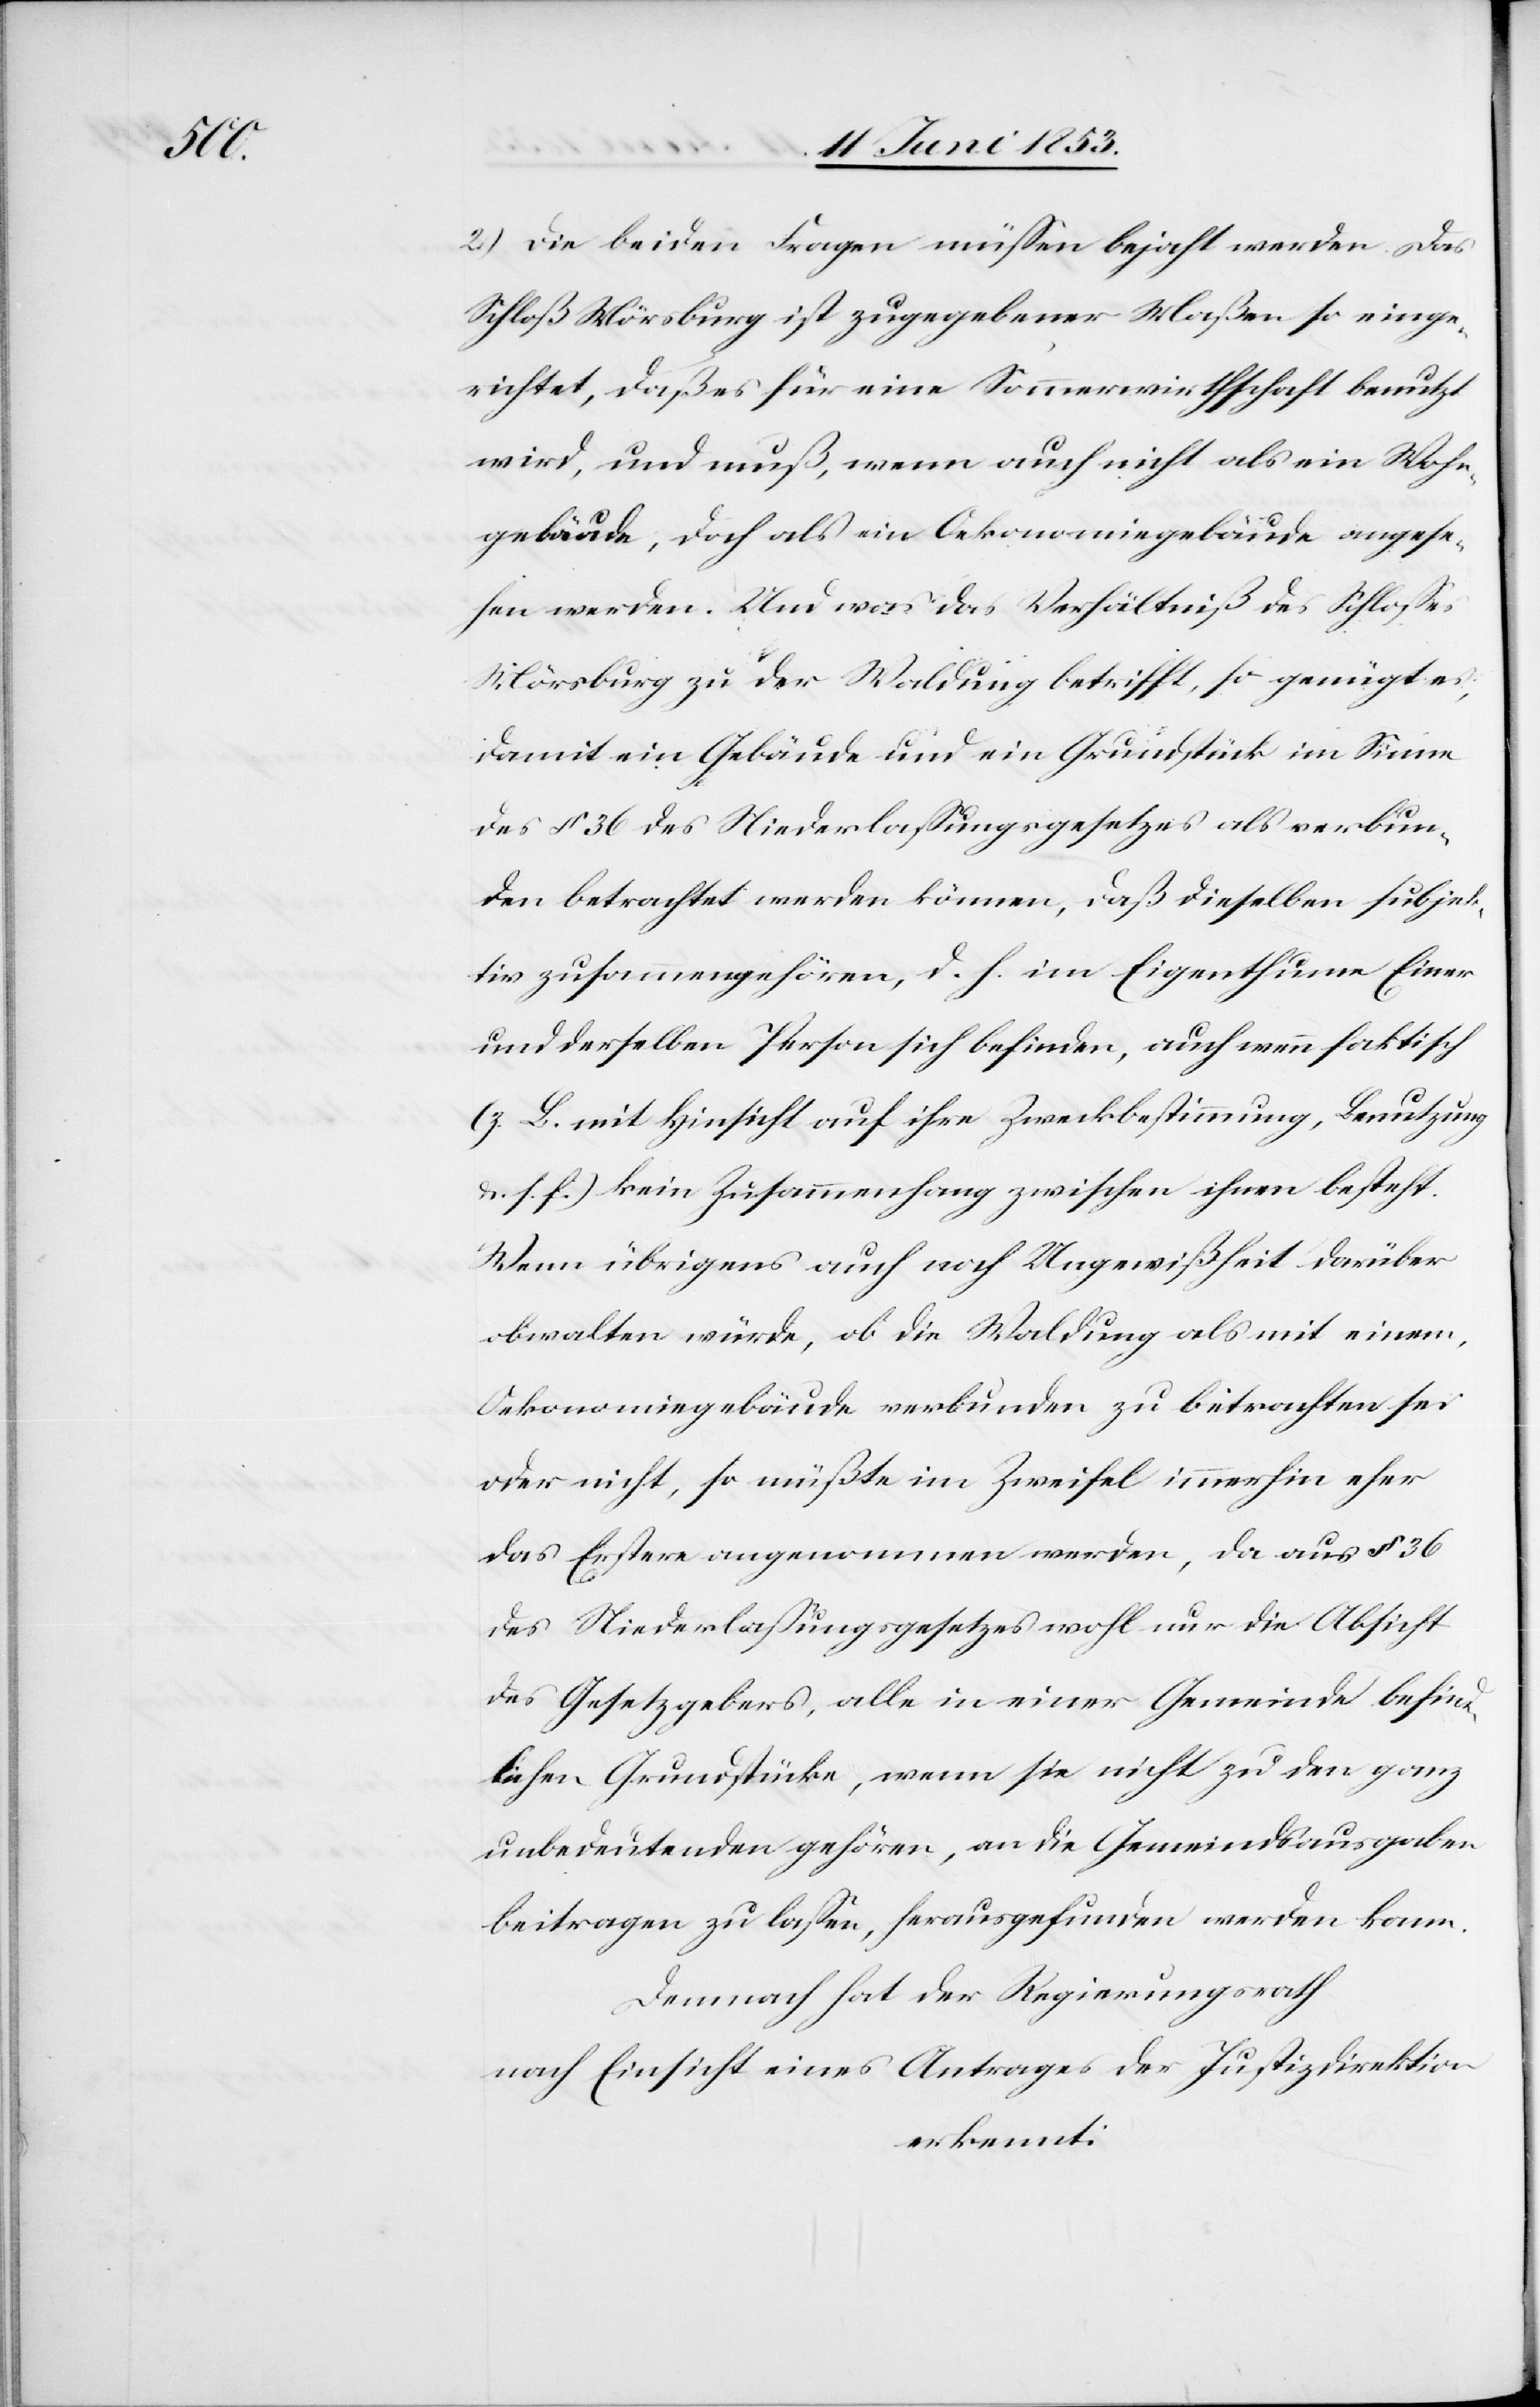
2.) Die beiden Fragen müßen bejaht werden. Das
Schloß Märsburg ist zugegebener Maßen so einge¬
richtet, daß es für eine Sommerwirthschaft benutzt
wird, und muß, wenn auch nicht als ein Wohn¬
gebäude, doch als ein Oekonomiegebäude angese¬
hen werden. Und was das Verhältniß des Schloßes
Märsburg zu der Waldung betrifft, so genügt es,
damit ein Gebäude und ein Grundstück im Sinne
des § 36 des Niederlaßungsgesetzes als verbun¬
den betrachtet werden können, daß dieselben subjek¬
tiv zusammengehören, d. h. im Eigenthum Einer
und derselben Person sich befinden, auch wenn faktisch
(z. B. mit Hinsicht auf ihre Zweckbestimmung, Benutzung
u. s. f.) kein Zusammenhang zwischen ihnen besteht.
Wenn übrigens auch noch Ungewißheit darüber
obwalten würde, ob die Waldung als mit einem,
Oekonomiegebäude verbunden zu betrachten sei
oder nicht, so müßte im Zweifel immerhin eher
das Erstere angenommen werden, da aus § 36
des Niederlaßungsgesetzes wohl nur die Absicht
des Gesetzgebers, alle in einer Gemeinde befind¬
lichen Grundstücke, wenn sie nicht zu den ganz
unbedeutenden gehören, an die Gemeindsausgaben
beitragen zu laßen, herausgefunden werden kann.
Demnach hat der Regierungsrath
nach Einsicht eines Antrages der Justizdirektion
erkennt: